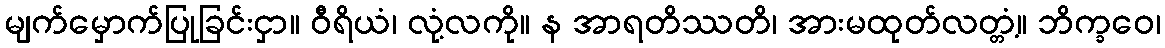
မျက်မှောက်ပြုခြင်းငှာ။ ဝီရိယံ၊ လုံ့လကို။ န အာရတိဿတိ၊ အားမထုတ်လတ္တံ့။ ဘိက္ခဝေ၊